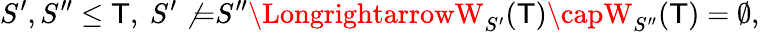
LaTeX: S^{\prime},S^{\prime\prime}\leq\mathsf{T},\ S^{\prime}\not{=}S^{\prime\prime}\LongrightarrowW_{S^{\prime}}(\mathsf{T})\capW_{S^{\prime\prime}}(\mathsf{T})=\emptyset,